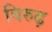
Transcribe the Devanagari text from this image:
विरुढ़